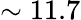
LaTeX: \sim 11.7